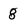
Character: 8